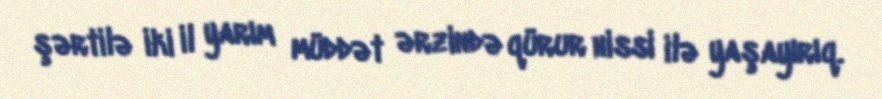
şərtilə iki il yarım müddət ərzində qürur hissi ilə yaşayırıq.